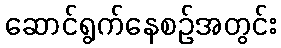
ဆောင်ရွက်နေစဉ်အတွင်း